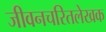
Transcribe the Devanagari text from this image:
जीवनचरितलेखक